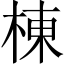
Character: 棟